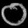
Digit: ၀